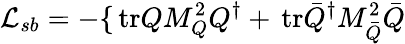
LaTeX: {\cal L}_{sb}=-\{ \mathrm{\, tr}QM_{Q}^{2}Q^{\dagger}+\mathrm{\, tr}\bar{Q}^{\dagger}M_{\bar{Q}}^{2}\bar{Q}